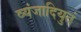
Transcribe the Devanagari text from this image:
व्यंजादियुतं